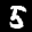
Label: 5